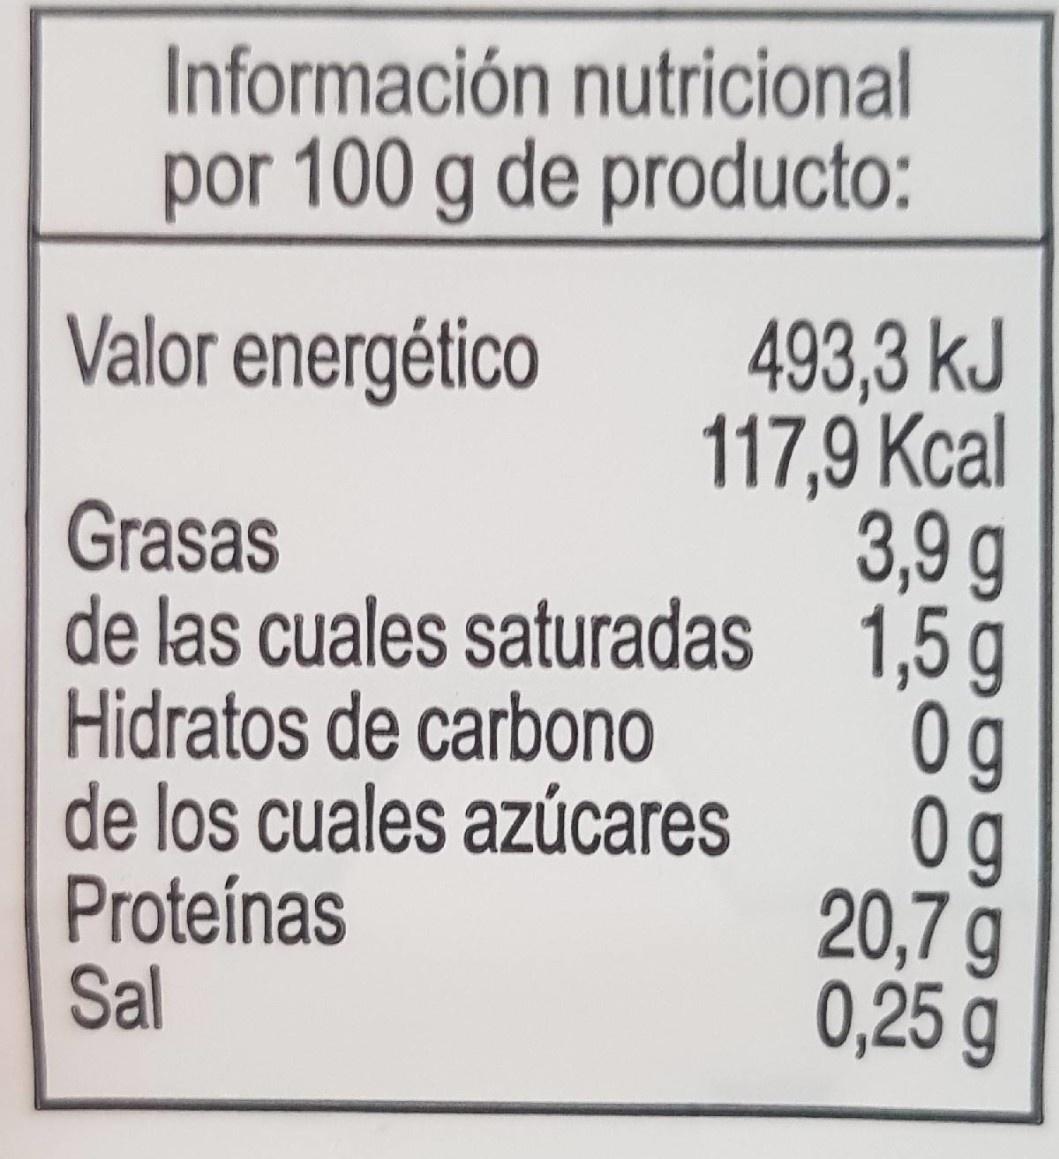
Información nutricional
por 100 g de producto:
493,3 kJ 117,9 Ксal 3,9 g de las cuales saturadas 1,5 g 0g 0g 20,7 g 0,25 g
Valor energético
Grasas
Hidratos de carbono de los cuales azúcares Proteínas Sal